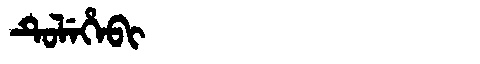
Manchu: ᡨᡠᠯᡝᡥᡝᠪᡳ
Romanization: TULEHEBI